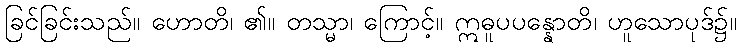
ခြင်ခြင်းသည်။ ဟောတိ၊ ၏။ တသ္မာ၊ ကြောင့်။ ဣဓူပပန္နောတိ၊ ဟူသောပုဒ်၌။